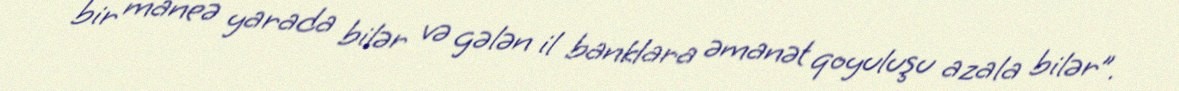
bir maneə yarada bilər və gələn il banklara əmanət qoyuluşu azala bilər”.